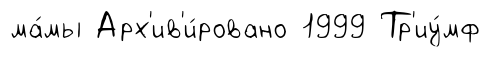
ма́мы Арх'ив'и́ровано 1999 Тр'иу́мф